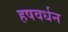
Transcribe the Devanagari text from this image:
हषवर्धन